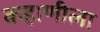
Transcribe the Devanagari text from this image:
कहाणीला